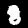
Label: 8